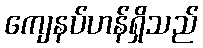
ကျေနပ်ဟန်ရှိသည်